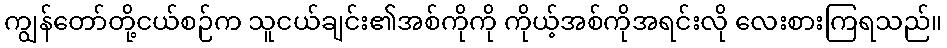
ကျွန်တော်တို့ငယ်စဉ်က သူငယ်ချင်း၏အစ်ကိုကို ကိုယ့်အစ်ကိုအရင်းလို လေးစားကြရသည်။